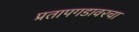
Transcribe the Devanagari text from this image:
प्रतापगडावरचा